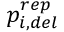
p _ { i , d e l } ^ { r e p }